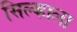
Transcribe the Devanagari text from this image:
सिल्व्हाला